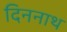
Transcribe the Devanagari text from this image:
दिननाथ